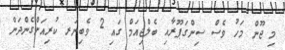
މި ޖޫން މަހު ވެސް ސިންގަޕޫރާއި ބެލްޖިއަމް ގައި 2 ވެބިނަރ ކުރިއަށްގެންދަން